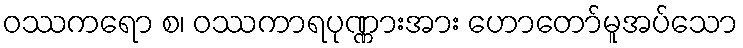
ဝဿကရော စ၊ ဝဿကာရပုဏ္ဏားအား ဟောတော်မူအပ်သော